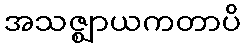
အသဇ္ဈာယကတာပိ